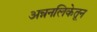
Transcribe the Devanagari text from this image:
अन्ननलिकेतून